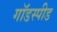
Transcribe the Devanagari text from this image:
गॉडस्पीड